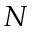
N